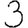
Digit: 3